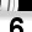
Digit: 6